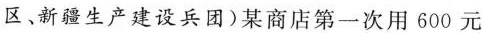
区、新疆生产建设兵团)某商店第一次用600元